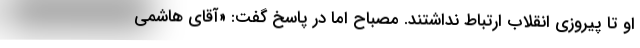
او تا پیروزی انقلاب ارتباط نداشتند. مصباح اما در پاسخ گفت: «آقای هاشمی